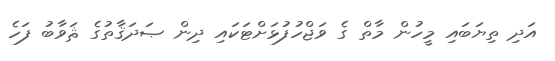
އަދި ތިޔަބައި މީހުން މާތް ގެ ވަޖްހުފުޅަށްޓަކައި ދިން ޞަދަޤާތުގެ ޘަވާބު ފަހެ